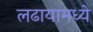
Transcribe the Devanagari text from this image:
लढायामध्ये